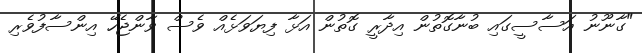
"ގާނޫނު އަސާސީގައި ބުނާގޮތުން އިދާރީ ގޮތުން އަޅާ ފިޔަވަޅެއް ވެސް ވާންޖެހޭ އިންސާފުވެރި